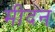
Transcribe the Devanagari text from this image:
मीदन